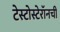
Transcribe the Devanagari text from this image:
टेस्टोस्टेरॉनची